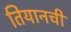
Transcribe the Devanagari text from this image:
तियानची